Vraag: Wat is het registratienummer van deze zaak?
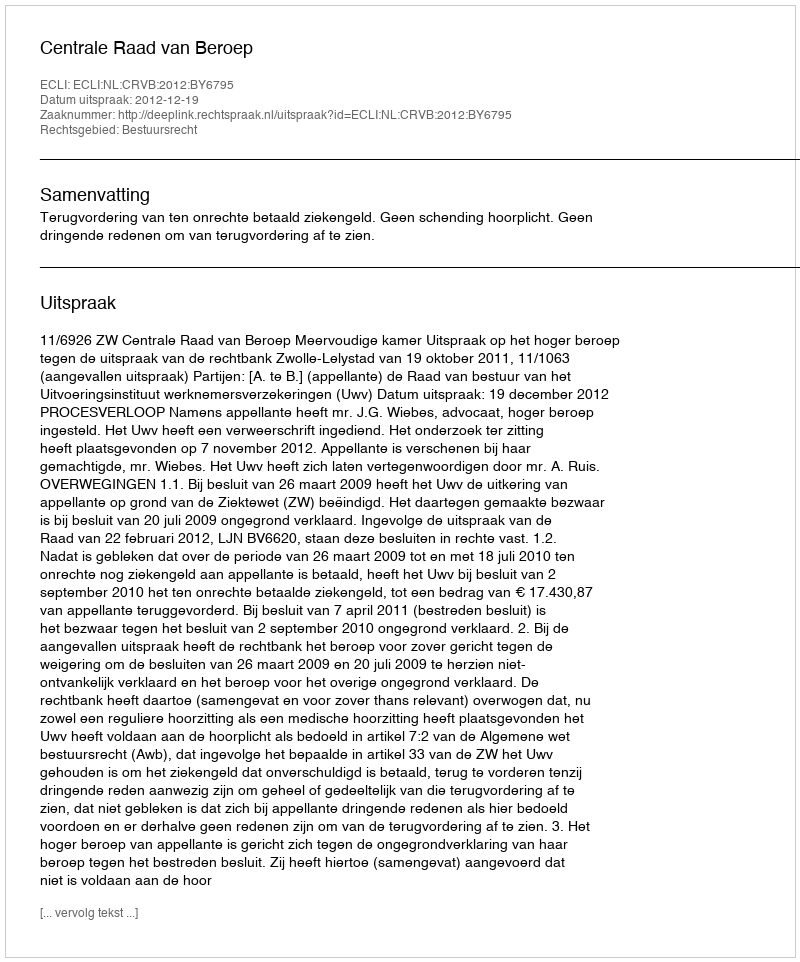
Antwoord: http://deeplink.rechtspraak.nl/uitspraak?id=ECLI:NL:CRVB:2012:BY6795